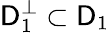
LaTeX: \mathsf{D}_{1}^{\bot}\subset\mathsf{D}_{1}